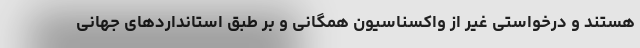
هستند و درخواستی غیر از واکسناسیون همگانی و بر طبق استانداردهای جهانی